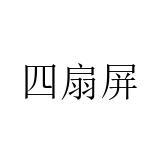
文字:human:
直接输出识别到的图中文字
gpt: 四扇屏